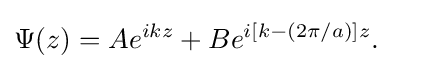
{\begin{aligned}\Psi (z)&=Ae^{ikz}+Be^{i[k-(2\pi /a)]z}.\end{aligned}}